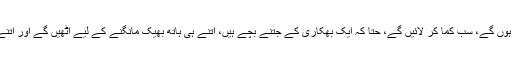
گھر میں جتنے کماؤ پوت ہوں گے، سب کما کر لائیں گے، حتا کہ ایک بھکاری کے جتنے بچے ہیں، اتنے ہی ہاتھ بھیک مانگنے کے لیے اٹھیں گے اور اتنے ہی ہاتھ بھیک لائیں گے۔